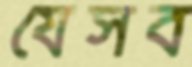
যেসব